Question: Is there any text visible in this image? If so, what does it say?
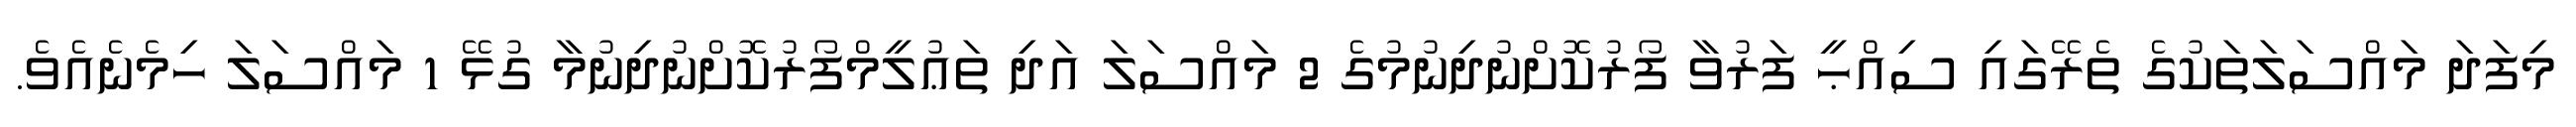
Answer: މިފަދަ މައްސަލަތަކުގެ ތެރޭގައި ސިއްޙީ ފަރުވާ ފޯރުކޮށްނުދިނުމުގެ 2 މައްސަލަ އަދި ތަޢުލީމްފޯރުކޮށްނުދިނުމާ ގުޅޭ 1 މައްސަލަ ހިމެނެއެވެ.